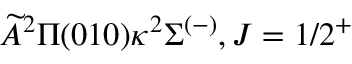
\widetilde { A } ^ { 2 } \Pi ( 0 1 0 ) \kappa { } ^ { 2 } \Sigma ^ { ( - ) } , J = 1 / 2 ^ { + }